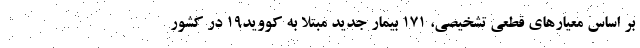
بر اساس معیارهای قطعی تشخیصی، ۱۷۱ بیمار جدید مبتلا به کووید۱۹ در کشور